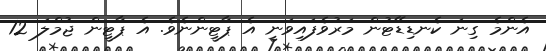
އެންމެ ގިނަ ކެނޑިޑޭޓުން މަރުވެފައިވަނީ އެ ޕާޓީންނެވެ. އެ ޕާޓީން ޖުމްލަ 12